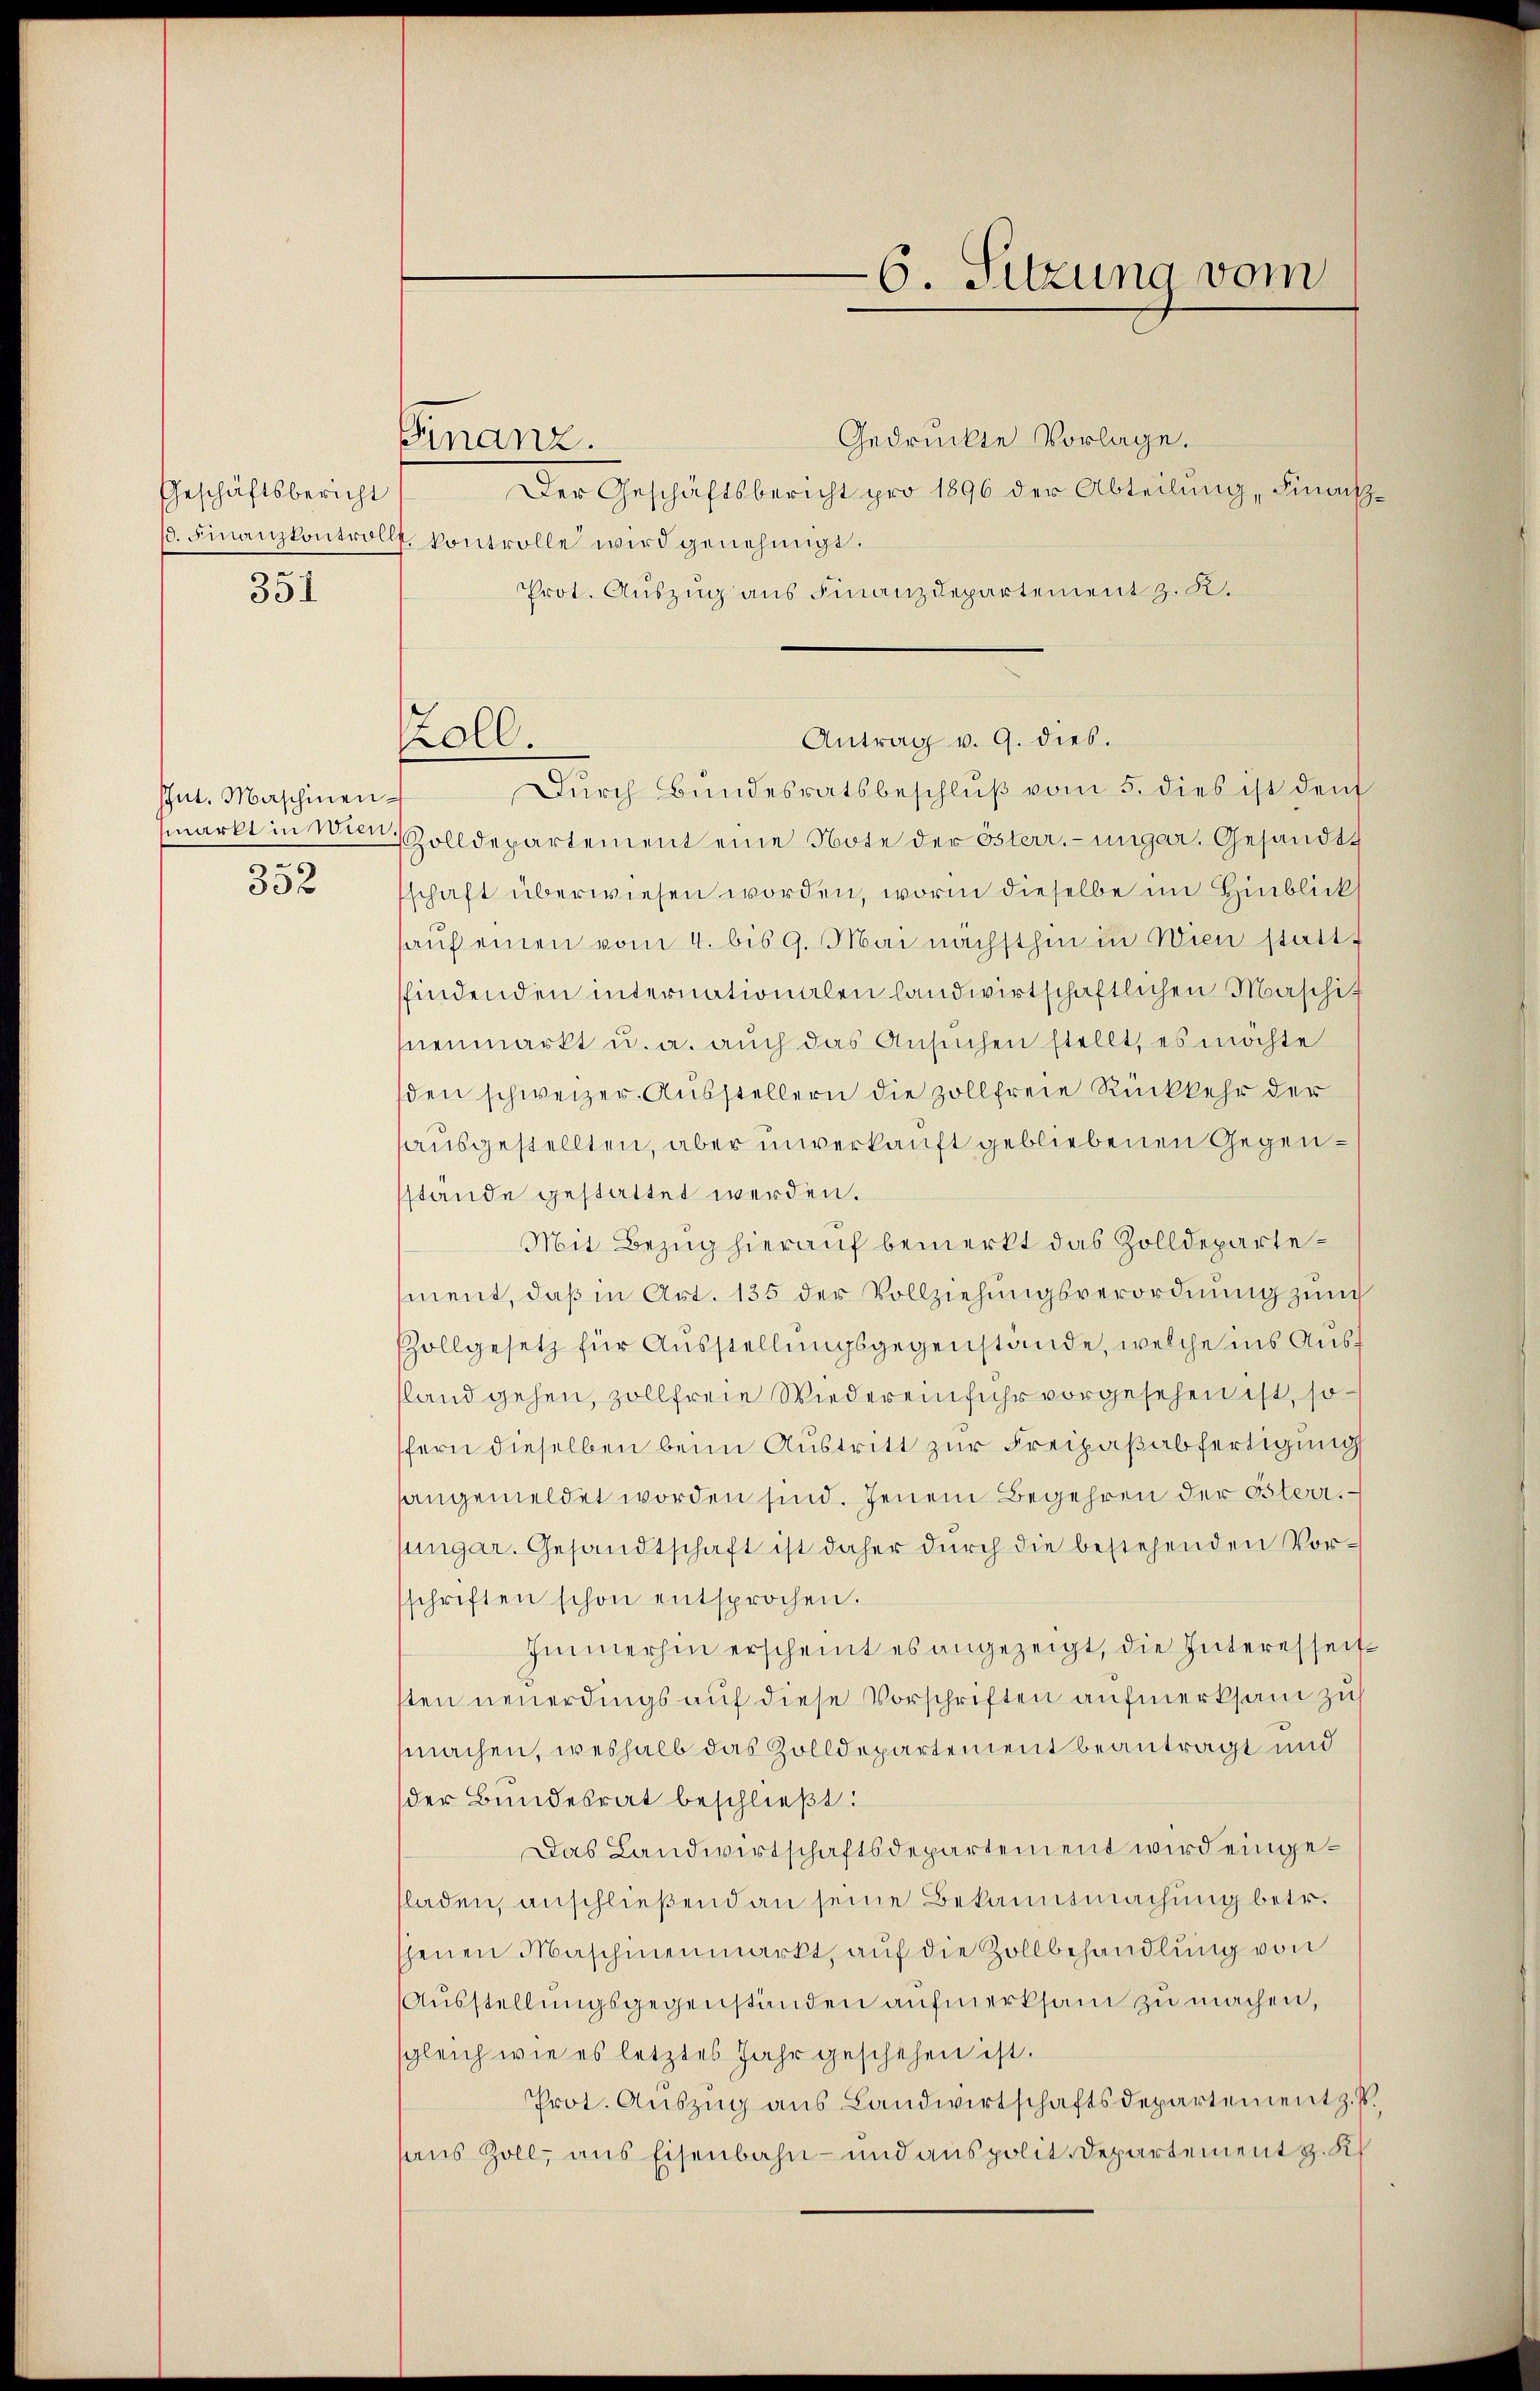
Geschäftsbericht

351

Phut. Maschinen¬
352

Finanz.

Roll.

C. Sitzung vom

Gedruckte Vorlage.
Der Geschäftsbericht pro 1896 der Abteilung Finanz¬
/. Finanzkontrollt, kontrolle wird genehmigt.
Prot. Auszug aus Finanzdepartement z. R.

Antrag v. 9. dies.
Durch Bundesratsbeschlŭβ vom 5. dies ist den
markt in Wien Zolldepartement eine Note der Österr.-ungar. Gesandt
schaft überwiesen worden, worin dieselbe im Hinblick
aŭf einen vom 4. bis 9. Mai nächsthin in Wien stattf
findenden internationalen landwirtschaftlichen Maschit
nenmarkt u. a. auch das Ansuchen stellt, es möchte
den schweizer Aŭsstellern die zollfreie Rückkehr der
ausgestellten, aber unverkauft gebliebenen Gegensstände gestattet werden.
Mit Bezug hierauf bemerkt das Zolldepartement, daß in Art. 135 der Vollziehungsverordnung zum
Pollgesetz für Ausstellungsgegenstände, welche ins Aussland gehen, zollfreie Wiedereinfuhr vorgesehen ist, sofern dieselben beim Austritt zur Freipaßabfertigung
sangemeldet worden sind. Jenem Begehren der Osterr.
sungar. Gesandtschaft ist daher durch die bestehenden Vorsschriften schon entsprochen.
Immerhin erscheint es angezeigt, die Interesseitsten neuerdings auf diese Vorschriften aufmerksam zu
machen, weshalb das Zolldepartement beantragt und
der Bundesrat beschließt:
Das Landwirtschaftsdepartement wird eingesladen, anschließend an seine Bekanntmachung betr.
shenen Maschinenmarkt, auf die Zollbehandlung von
Ausstellungsgegenständen aufmerksam zu machen,
sgleich wie es letztes Jahr geschehen ist.
Prot. Auszug aus Landwirtschaftsdepartement z. B.
haus Zoll, aus Eisenbahn- und auspolit. Departement z. K